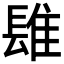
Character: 𨲈